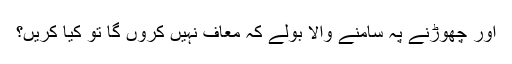
اور چھوڑنے پہ سامنے والا بولے کہ معاف نہیں کروں گا تو کیا کریں؟